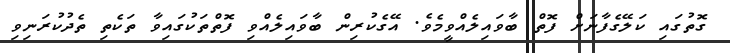
ގޮތުގައި ކަލޭގެފާނަށް ފޮތް ބާވައިލެއްވީމެވެ. އޭގެކުރިން ބާވައިލެއްވި ފޮތްތަކުގައިވާ ތަކެތި ތެދުކުރަނިވި